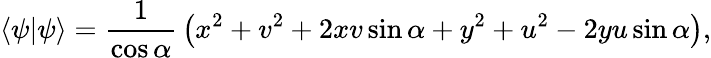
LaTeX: \langle\psi|\psi\rangle={\frac{1}{\cos\alpha}}\left(x^{2}+v^{2}+2xv\sin\alpha+y^{2}+u^{2}-2yu\sin\alpha\right),